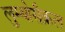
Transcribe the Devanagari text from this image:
लुम्बोसैक्रल